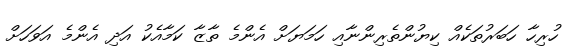
ހުރިހާ ހަބަރުތަކެއް ކިޔުންތެރިންނާއި ހަމަޔަށް އެންމެ ތާޒާ ކަމާއެކު އަދި އެންމެ އަވަހަށް